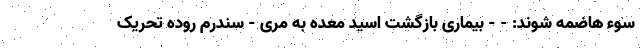
سوء هاضمه شوند: - - بیماری بازگشت اسید معده به مری - سندرم روده تحریک